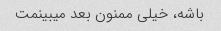
باشه، خیلی ممنون بعد میبینمت